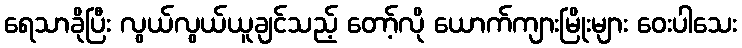
ရေသာခိုပြီး လွယ်လွယ်ယူချင်သည့် တော့်လို ယောက်ကျားမြိုးများ ဝေးပါသေး